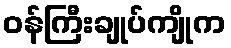
ဝန်ကြီးချုပ်ကျိုက